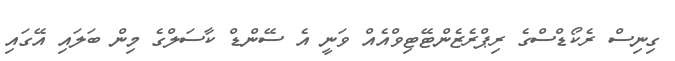
ގިނިސް ރެކޯޑްސްގެ ރިޕްރެޒެންޓޭޓިވްއެއް ވަނީ އެ ސޭންޑް ކާސަލްގެ މިން ބަލައި އޭގައި